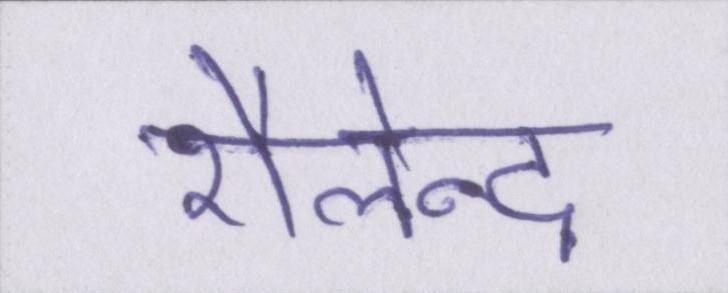
शैलेन्द्र